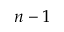
n - 1